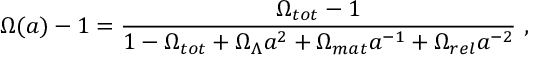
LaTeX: \Omega ( a ) - 1 = \frac { \Omega _ { t o t } - 1 } { 1 - \Omega _ { t o t } + \Omega _ { \Lambda } a ^ { 2 } + \Omega _ { m a t } a ^ { - 1 } + \Omega _ { r e l } a ^ { - 2 } } \ ,